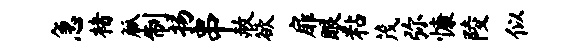
急楮觚制扬串赦欲扉眼粘茂弥慷陵似